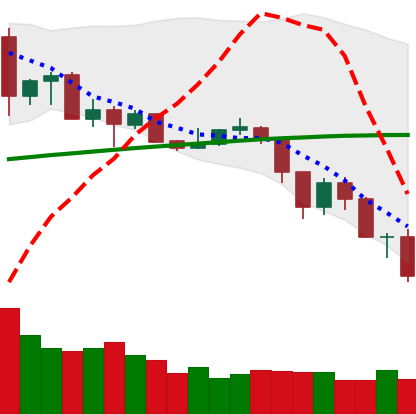
Ticker: ADA-USD
Chart end date: 2019-07-16
Forward return: 17.58%
Label: up_7plus